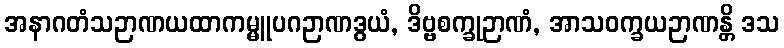
အနာဂတံသဉာဏယထာကမ္မူပဂဉာဏဒွယံ, ဒိဗ္ဗစက္ခုဉာဏံ, အာသဝက္ခယဉာဏန္တိ ဒသ